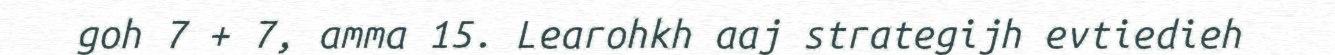
goh 7 + 7, amma 15. Learohkh aaj strategijh evtiedieh